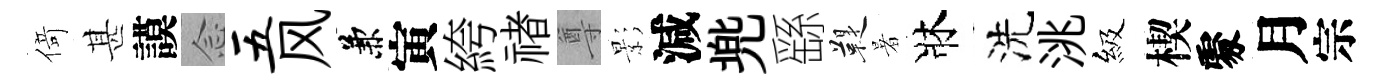
𠋣甚謨𫝹五风兼寅絝禇尊影減兠繇鞮暑牀洗洮級楔𠁅月宗